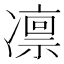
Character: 凛